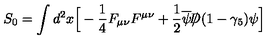
S _ { 0 } = \int d ^ { 2 } x \Big [ - { \frac { 1 } { 4 } } F _ { \mu \nu } F ^ { \mu \nu } + { \frac { 1 } { 2 } } \overline { \psi } { \slash \! \! \! \! D } ( 1 - \gamma _ { 5 } ) \psi \Big ]